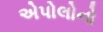
એપોલોનો